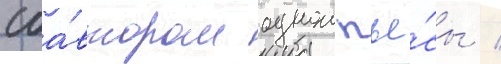
соа́втором однои пье́сы /